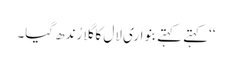
‘‘کہتے کہتے بنواری لال کا گلا رُندھ گیا۔